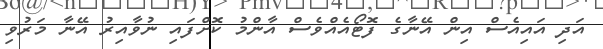
އަދި އައިއެސް އިން އޭނާގެ ފޮޓޯއެއްވެސް އާންމު ކޮށްފައި ނުވާއިރު އޭނާ މަރުވި